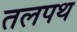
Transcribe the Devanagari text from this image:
तलपथ